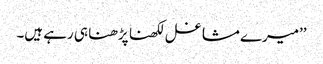
’’میرے مشاغل لکھنا پڑھنا ہی رہے ہیں۔